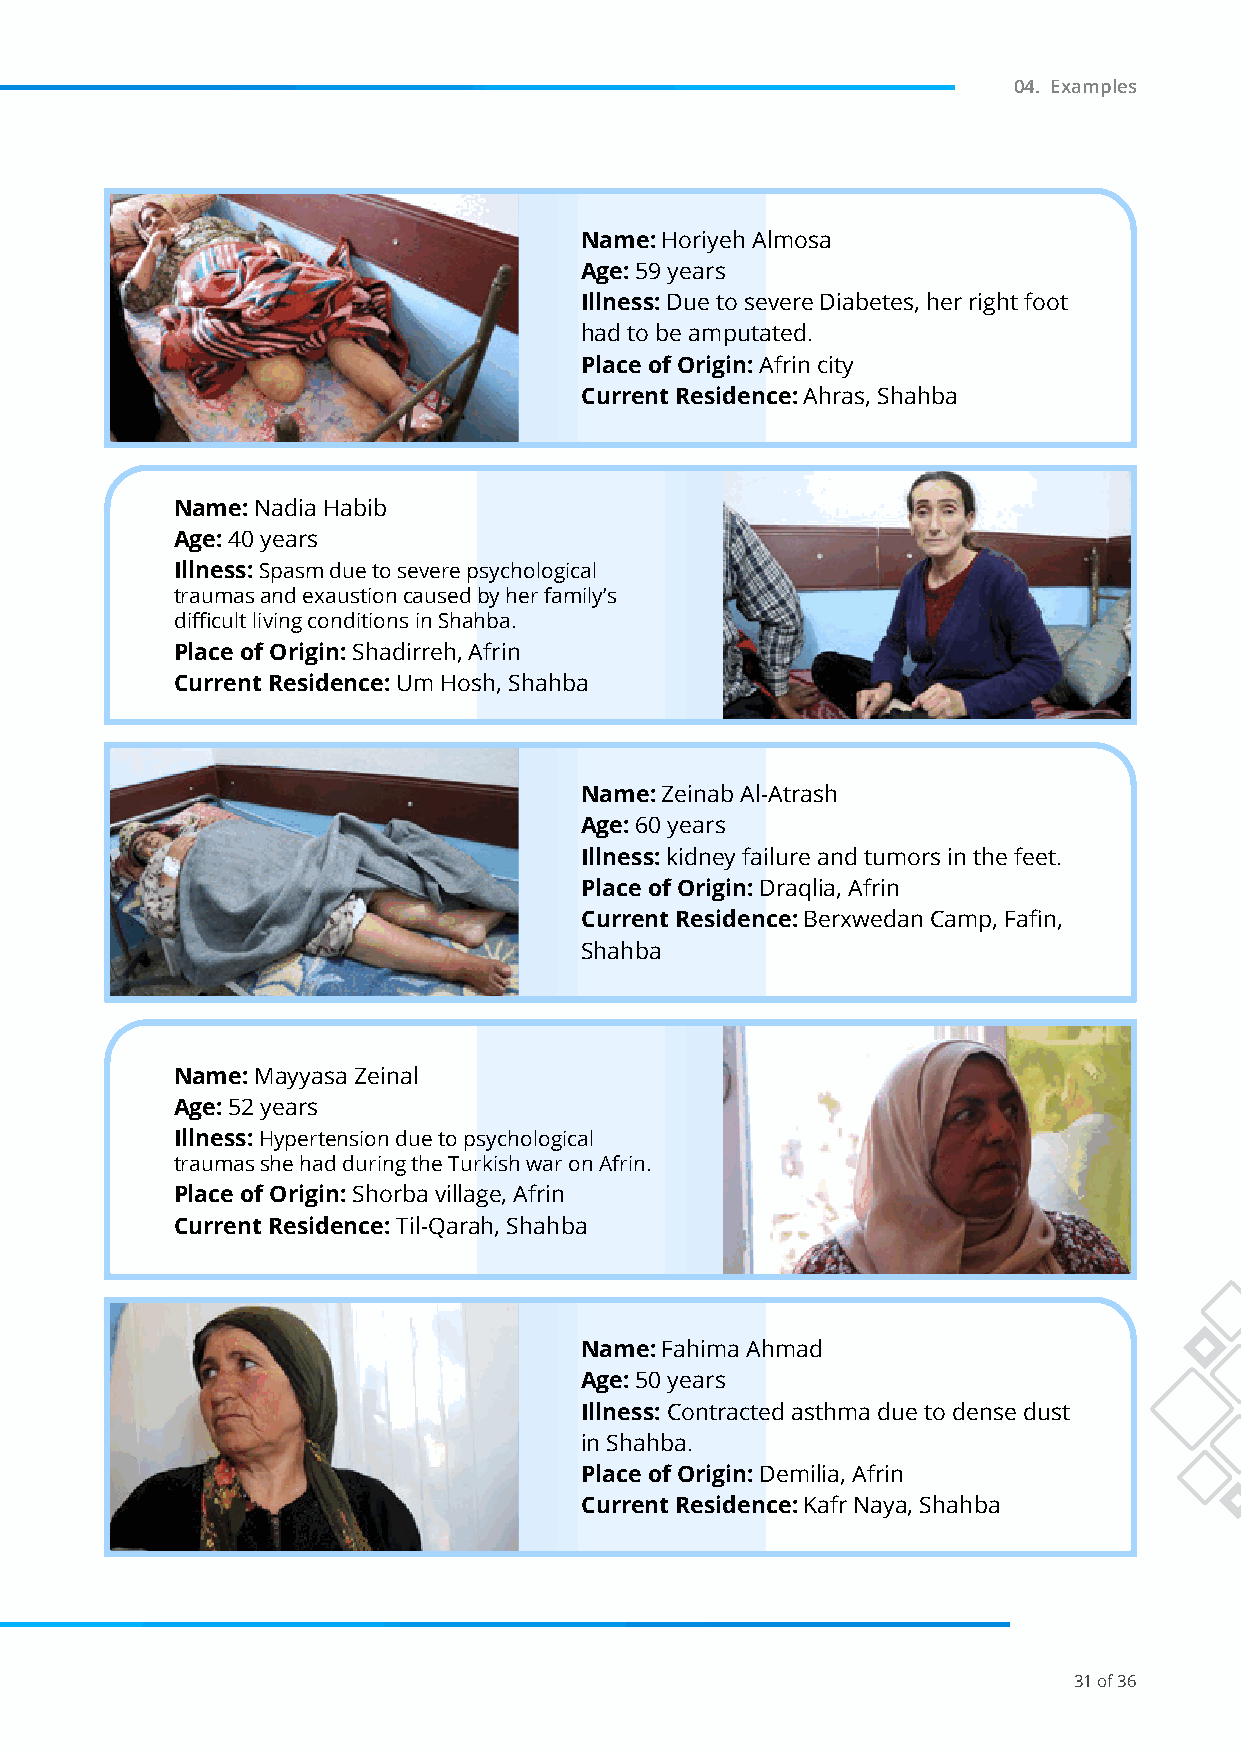
04. Examples
 Name: Horiyeh Almosa
 Age: 59 years
 Illness: Due to severe Diabetes, her right foot
 had to be amputated.
 Place of Origin: Afrin city
 Current Residence: Ahras, Shahba
 Name: Nadia Habib
 Age: 40 years
 Illness: Spasm due to severe psychological
 traumas and exaustion caused by her family’s
 difficult living conditions in Shahba.
 Place of Origin: Shadirreh, Afrin
 Current Residence: Um Hosh, Shahba
 Name: Zeinab Al-Atrash
 Age: 60 years
 Illness: kidney failure and tumors in the feet.
 Place of Origin: Draqlia, Afrin
 Current Residence: Berxwedan Camp, Fafin,
 Shahba
 Name: Mayyasa Zeinal
 Age: 52 years
 Illness: Hypertension due to psychological
 traumas she had during the Turkish war on Afrin.
 Place of Origin: Shorba village, Afrin
 Current Residence: Til-Qarah, Shahba
 Name: Fahima Ahmad
 Age: 50 years
 Illness: Contracted asthma due to dense dust
 in Shahba.
 Place of Origin: Demilia, Afrin
 Current Residence: Kafr Naya, Shahba
 31 of 36